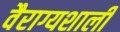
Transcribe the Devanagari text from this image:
वैराग्यशाली